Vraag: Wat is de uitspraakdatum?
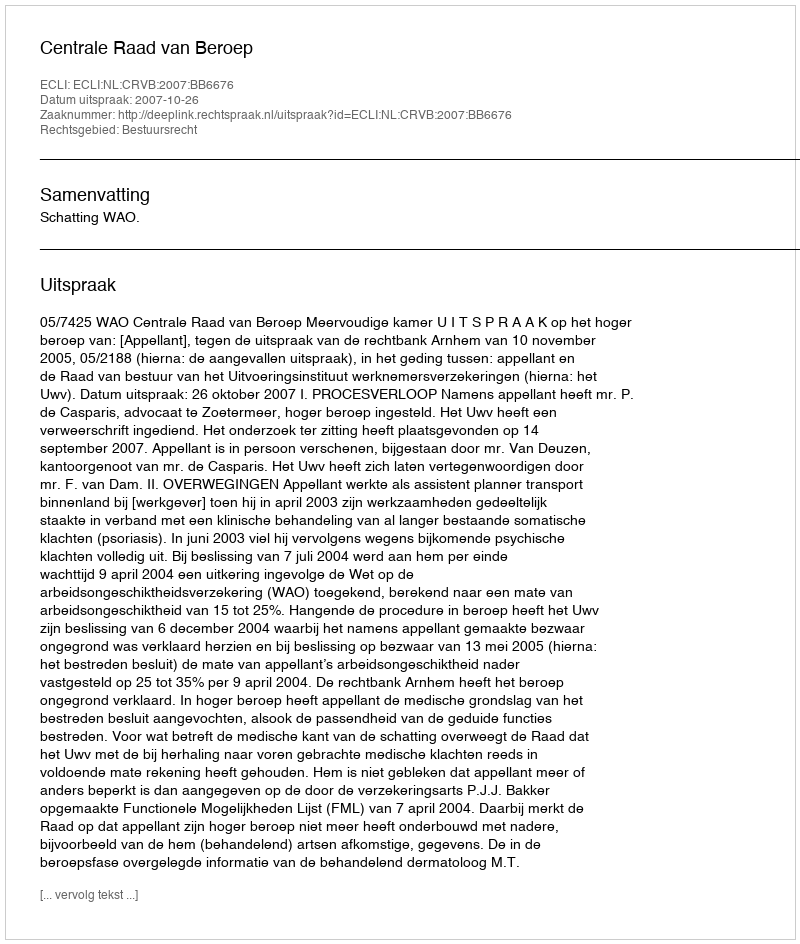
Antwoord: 2007-10-26